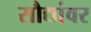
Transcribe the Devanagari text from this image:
सौद्यांवर